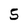
Character: 5